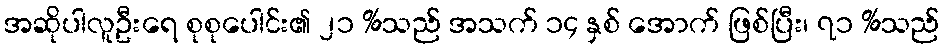
အဆိုပါလူဦးရေ စုစုပေါင်း၏ ၂၁ %သည် အသက် ၁၄ နှစ် အောက် ဖြစ်ပြီး၊ ၇၁ %သည်